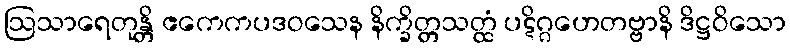
ဩသာရေတုန္တိ ဧကေကပဒဝသေန နိက္ခိတ္တသတ္ထံ ပဋိဂ္ဂဟေတဗ္ဗာနိ ဒိဋ္ဌဝိသော